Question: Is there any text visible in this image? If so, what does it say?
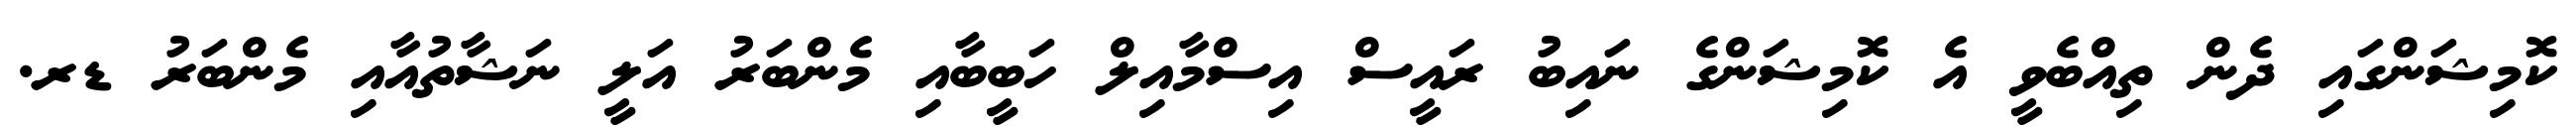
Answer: ކޮމިޝަންގައި ދެން ތިއްބެވީ އެ ކޮމިޝަންގެ ނައިބު ރައީސް އިސްމާއިލް ހަބީބާއި މެންބަރު އަލީ ނަޝާތުއާއި މެންބަރު ޑރ.